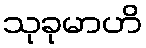
သုခုမာဟိ